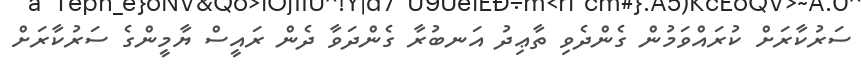
ސަރުކާރަށް ކުރައްވަމުން ގެންދެވި ތާޢިދު އަނބުރާ ގެންދަވާ ދެން ރައީސް ޔާމީންގެ ސަރުކާރަށް